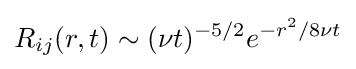
R_{ij}(r,t)\sim (\nu t)^{-5/2}e^{-r^{2}/8\nu t}